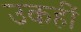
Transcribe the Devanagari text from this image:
उकहीं